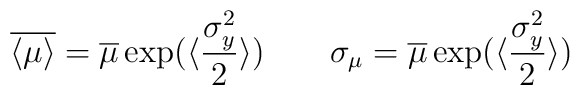
\overline{\langle\mu\rangle} = \overline\mu\exp(\langle \frac{\sigma_y^2}{2}\rangle)\qquad \sigma_\mu = \overline\mu\exp(\langle \frac{\sigma_y^2}{2}\rangle)